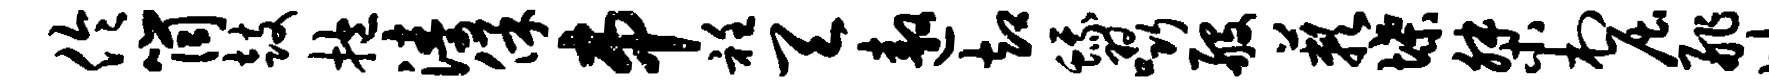
伶筒鼓抱涛保串衽天遨却蛾啜般蔌堞桀村屈舴比